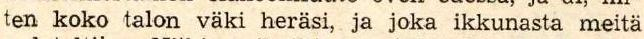
ten koko talon väki heräsi, ja joka ikkunasta meitä